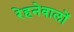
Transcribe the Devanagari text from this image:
रेहनेवालों